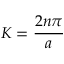
K = { \frac { 2 n \pi } { a } }